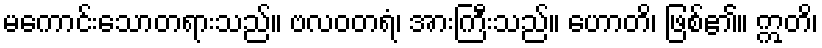
မကောင်းသောတရားသည်။ ဗလဝတရံ၊ အားကြီးသည်။ ဟောတိ၊ ဖြစ်၏။ ဣတိ၊